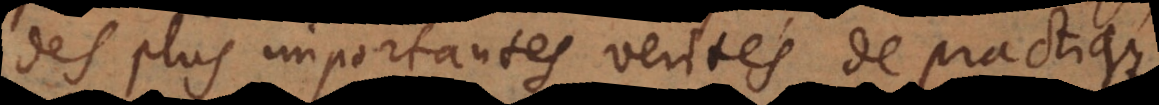
des plus importantes verités de practique,